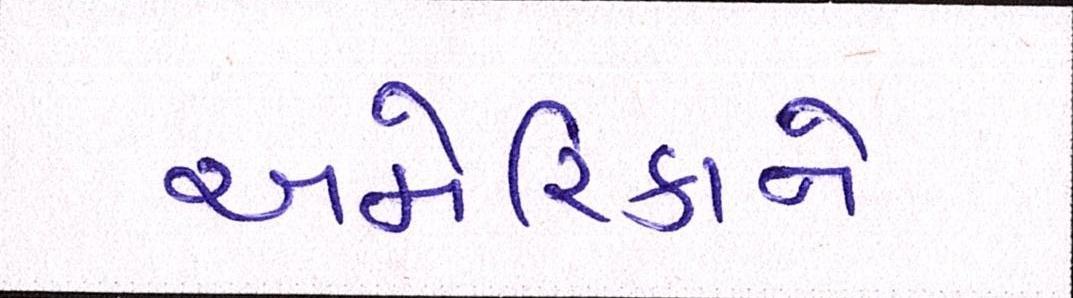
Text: અમેરિકાને